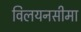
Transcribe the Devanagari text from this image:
विलयनसीमा